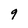
Character: 9